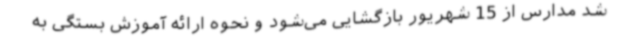
شد مدارس از 15 شهریور بازگشایی می‌شود و نحوه ارائه آموزش بستگی به